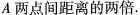
A两点间距离的两倍.